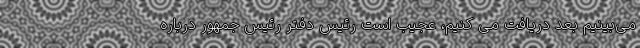
می‌بینیم بعد دریافت می کنیم، عجیب است رئیس دفتر رئیس جمهور درباره